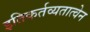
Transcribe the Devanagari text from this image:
इतिकर्तव्यतात्वेन